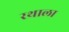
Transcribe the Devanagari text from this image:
रथाला